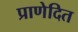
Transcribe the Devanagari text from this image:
प्राणेदित